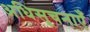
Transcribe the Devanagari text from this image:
अधिसूचनाएँ